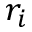
r _ { i }